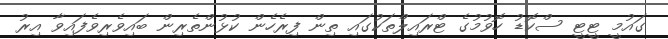
ގައުމީ ޓީޓީ ސްކޮޑު ހޮވުމުގެ ޓްރައިލްތަކުގައި ތިން ފިރެހެން ކުޅުންތެރިން ބައިވެރިވެފައިވާ އިރު